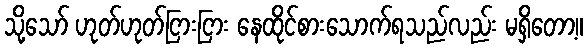
သို့သော် ဟုတ်ဟုတ်ငြားငြား နေထိုင်စားသောက်ရသည်လည်း မရှိတော့။